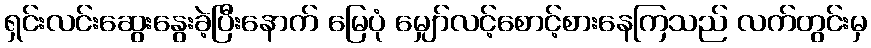
ရှင်းလင်းဆွေးနွေးခဲ့ပြီးနောက် မြေပုံ မျှော်လင့်စောင့်စားနေကြသည် လက်တွင်းမှ